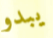
يبدو